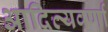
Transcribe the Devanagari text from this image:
आदित्यवर्णा